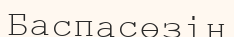
Баспасөзін